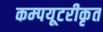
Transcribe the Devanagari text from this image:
कम्‍पयूटरीकृत